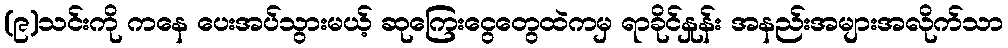
(၉)သင်းကို ကနေ ပေးအပ်သွားမယ့် ဆုကြေးငွေတွေထဲကမှ ရာခိုင်နှုန်း အနည်းအများအလိုက်သာ